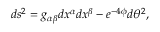
d s ^ { 2 } = g _ { \alpha \beta } d x ^ { \alpha } d x ^ { \beta } - e ^ { - 4 \phi } d \theta ^ { 2 } ,